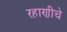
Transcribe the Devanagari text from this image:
रहाणीचे